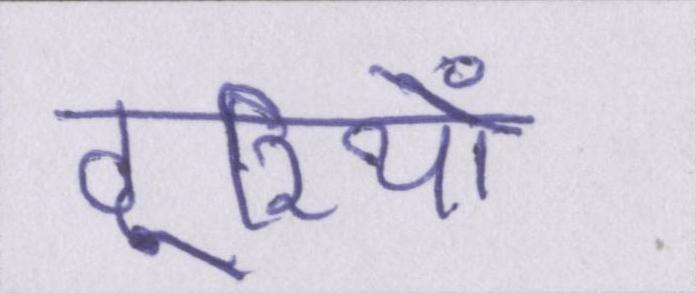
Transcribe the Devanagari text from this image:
दूरियों